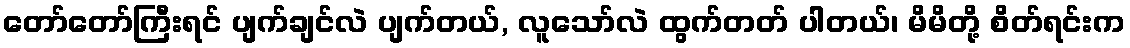
တော်တော်ကြီးရင် ပျက်ချင်လဲ ပျက်တယ်, လူသော်လဲ ထွက်တတ် ပါတယ်၊ မိမိတို့ စိတ်ရင်းက